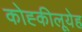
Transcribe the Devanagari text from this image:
कोह्कीलूयेह